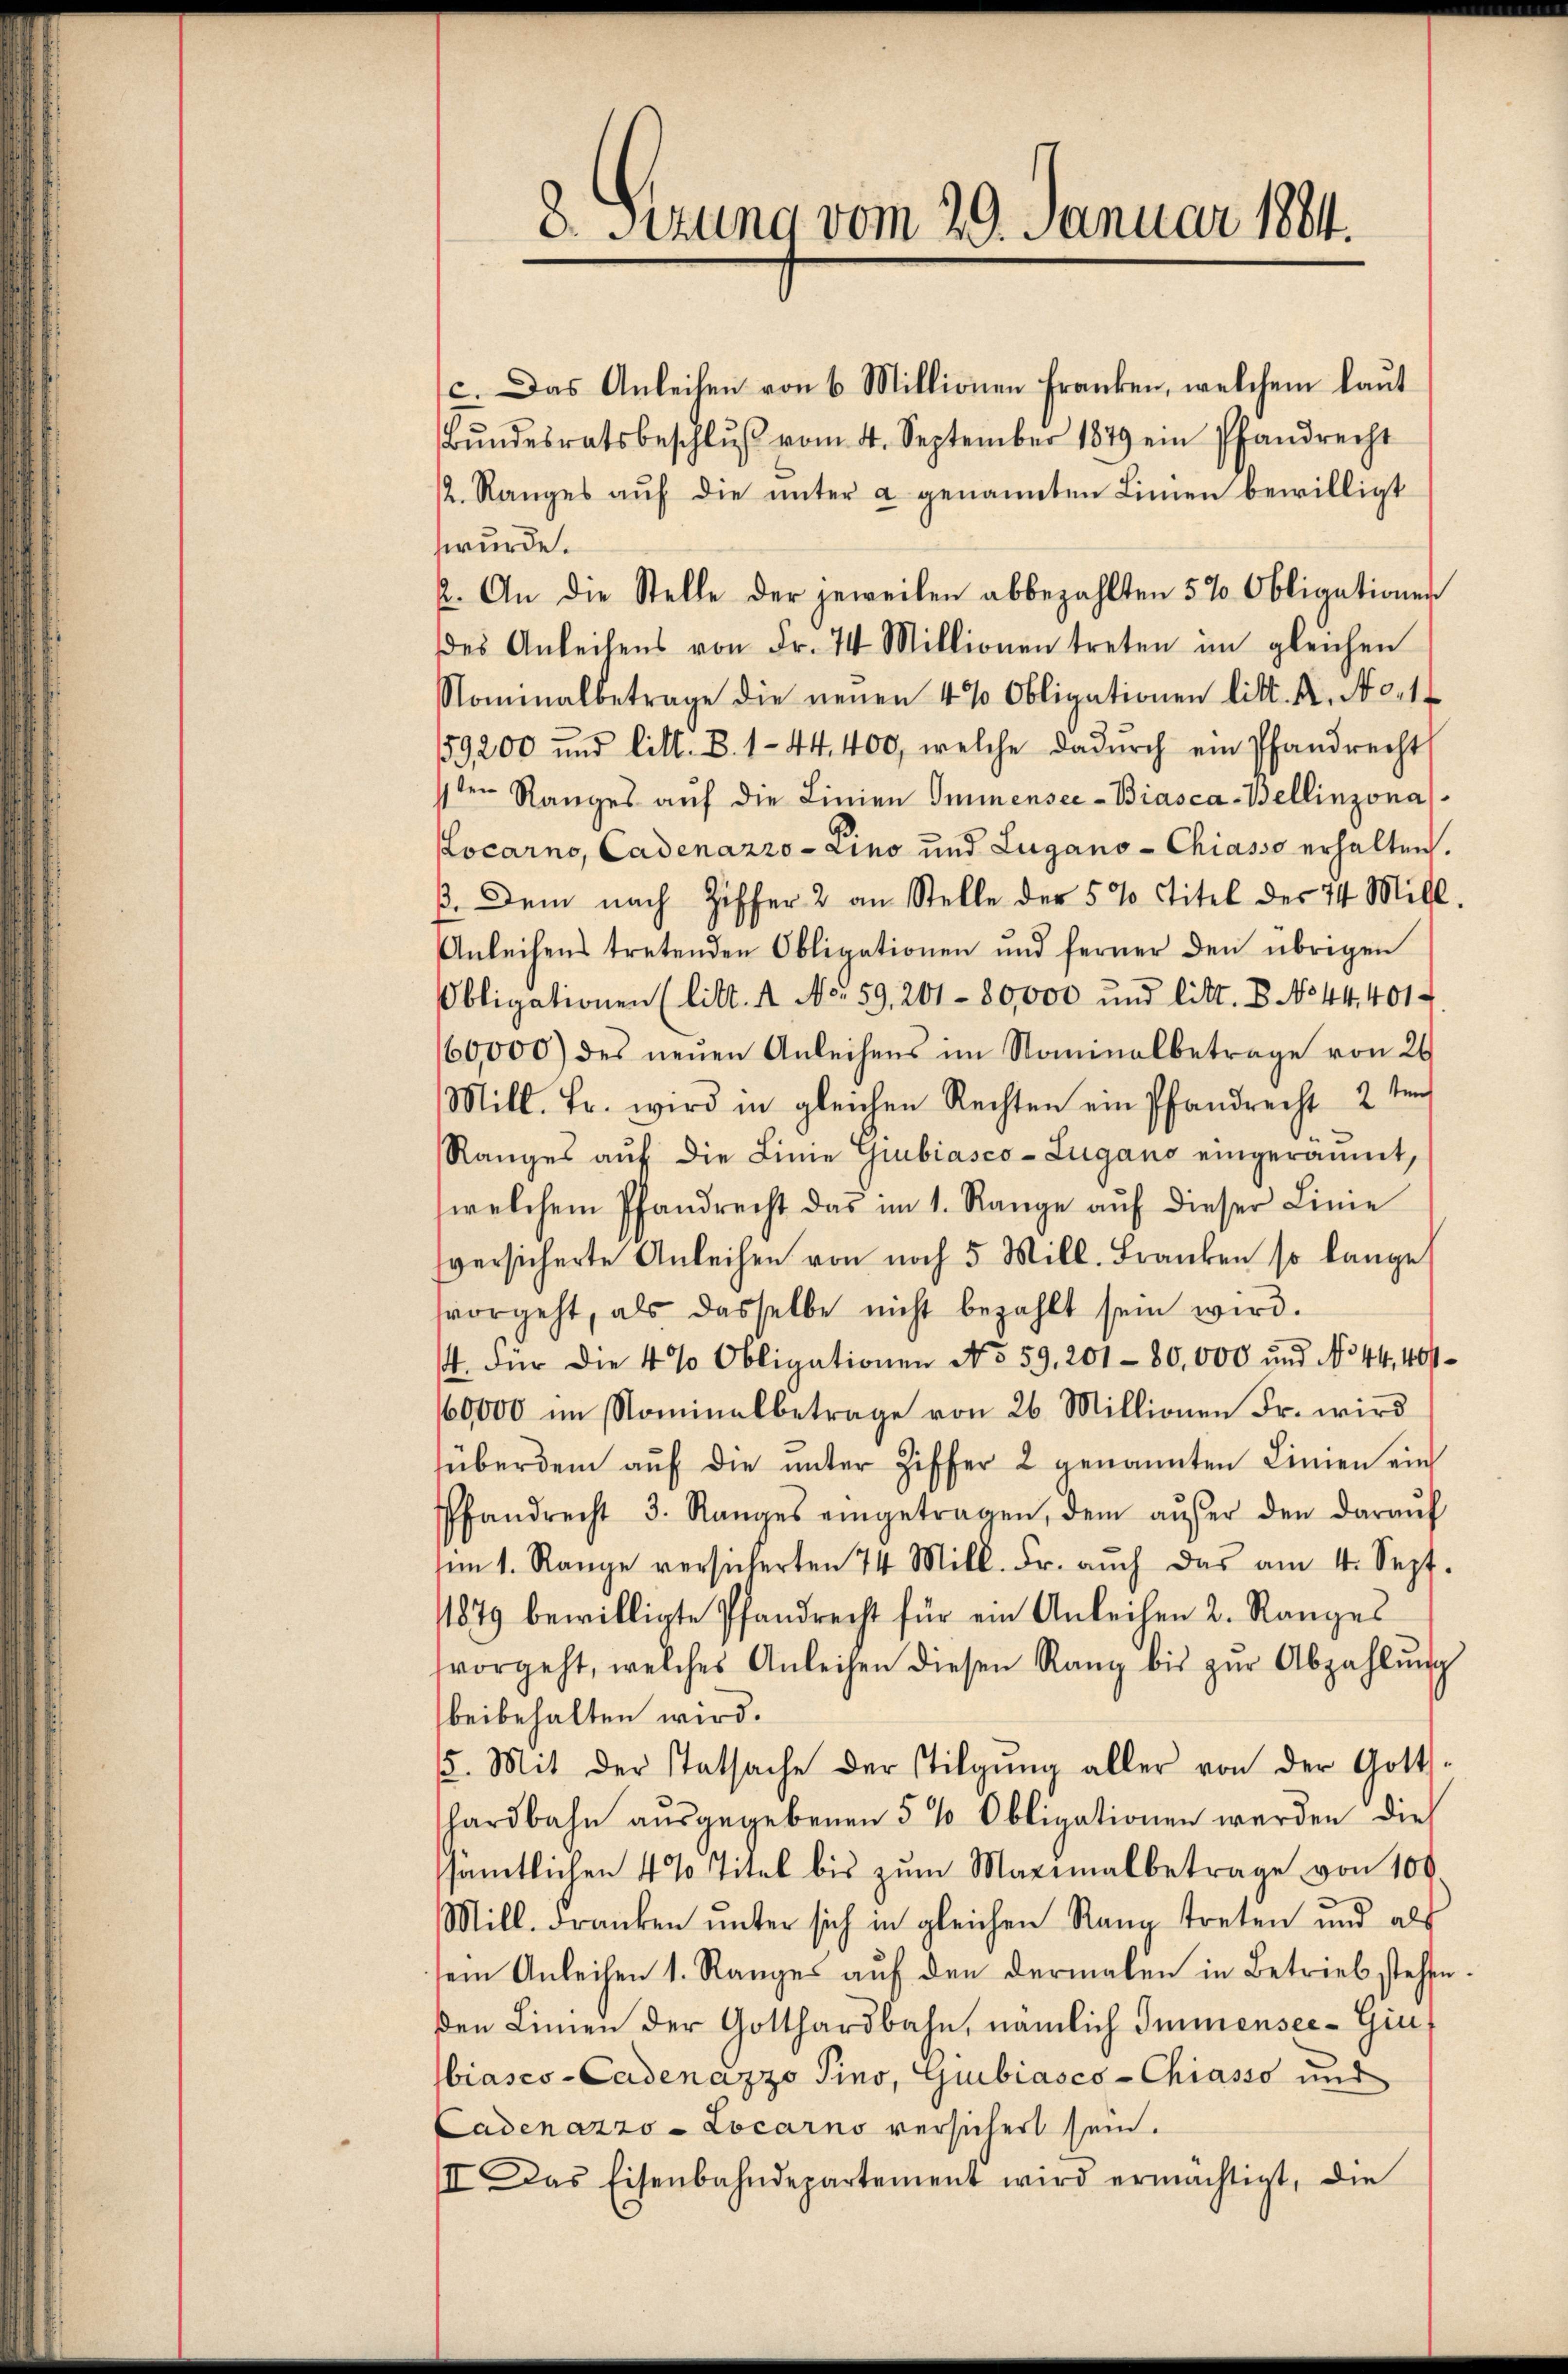
8. Sitzung vom 29. Januar 1884.

c. Das Anleihen von 6 Millionen Franken, welchem laut
Bŭndesratsbeschlŭβ vom 4. September 1849 ein Pfandrecht
/2. Ranges aŭf die ŭnter a genannten Linien bewilligt
wurde.
2. An die Stelle der jeweilen abbezahlten 5% Obligationen
des Anteilens von Fr. 74 Millionen treten im gleichen
Nominalbetrage die neŭen 4% Obligationen litt. K. No 14
159200 und litt. B. 1-44,400, welche dadŭrch ein Pfandrecht
1ten Ranges aŭf die Linien Immensee-Biasca-Bellinzona
Locarno, Cadenazzo-Lino und Lugano -Chiasso erhalten.
ß. Dem nach Ziffer 2 an Stelle der 5 % Titel der 24 Mill.
Anleihens tretenden Obligationen und ferner den übrigen
Obligationen (litt. A No. 59, 201 - 80,000 und litt. B No 44. 401
160,000 des neuen Anleihens im Nominalbetrage von 26
Mill. Fr. wird in gleichen Rechten ein Pfandrecht 2 ten
Ranges auf die Linie Giubiasco-Lugano eingeräumt,
welchem Pfandrecht das im 1. Range aŭf dieser Linie
sversicherte Anleihen von noch 5 Mill. Franken so lange
vorgeht, als dasselbe nicht bezahlt sein wird.
4. Für die 4 % Obligationen No 59, 201 - 80,000 und No 44, 40
60,000 im Nominalbetrage von 26. Millionen Fr. wird
süber dem aŭf die ŭnter Ziffer 2 genannten Linien ein
Pfandrecht 3. Ranges eingetragen, dem aŭβer den daraŭf
im 1. Range versicherten 74 Mill. Fr. aŭch das am 4. Sept.
1879 bewilligte Pfandrecht für ein Anteilen 2. Ranges
vorgeht, welches Anleihen diesen Rang bis zŭr Abzahlŭng
beibehalten wird.
15. Mit der Tatsache der Tilgŭng aller von der Gotts-
hardbahn ausgegebenen 5 % Obligationen werden dies
ssämtlichen 4% Titel bis zŭm Maximalbetrage von 100.
Mill. Franken ŭnter sich in gleichen Rang treten und als
ei Anleihen 1. Ranges aŭf den dermalen in Betrieb stehen.
den Linien der Gotthardbahn, nämlich Immensee-Ginbiasco-Cadenazzo Tino, Guibiasco-Chiasso und
Cadenazzo -Locarno versichert sein.
III. Das Eisenbahndepartement wird ermächtigt, die